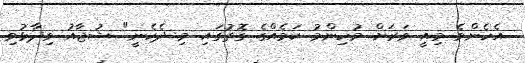
އެހެންވެ މިއީ ވަރަށް މުހިންމު ކަމެއްގެ ގޮތުގައި މި ދެކެނީ" ޝުޖާއު ވިދާޅުވި